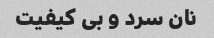
نان سرد و بی کیفیت